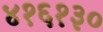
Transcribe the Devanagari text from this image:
४१६१३०